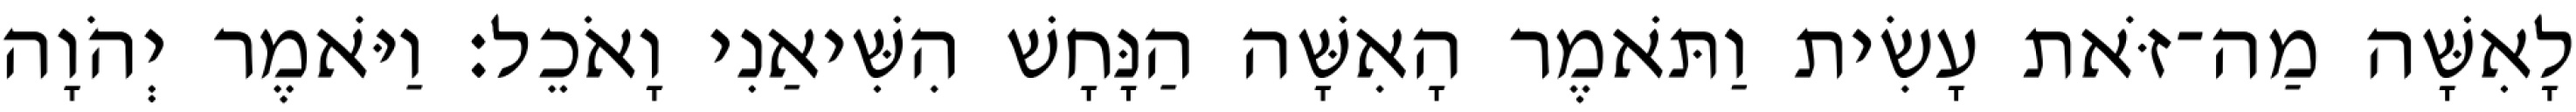
לָאִשָּׁה מַה־זֹּאת עָשִׂית וַתֹּאמֶר הָאִשָּׁה הַנָּחָשׁ הִשִּׁיאַנִי וָאֹכֵל׃ וַיֹּאמֶר יְהֹוָה